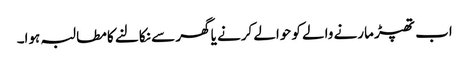
اب تھپڑ مارنے والے کو حوالے کرنے یا گھر سے نکالنے کا مطالبہ ہوا۔